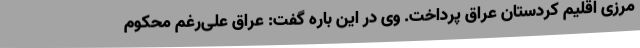
مرزی اقلیم کردستان عراق پرداخت. وی در این باره گفت: عراق علی‌رغم محکوم